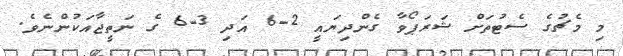
މި މެޗުގެ ސެޓުތަށް ޝަރަޕޯވާ ގެންދިޔައީ 2-6 އަދި 3-6 ގެ ނަތީޖާއަކުންނެވެ.